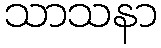
သာသနာ